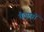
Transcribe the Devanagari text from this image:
चैत्यगृहों